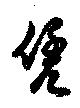
凭